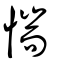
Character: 惴